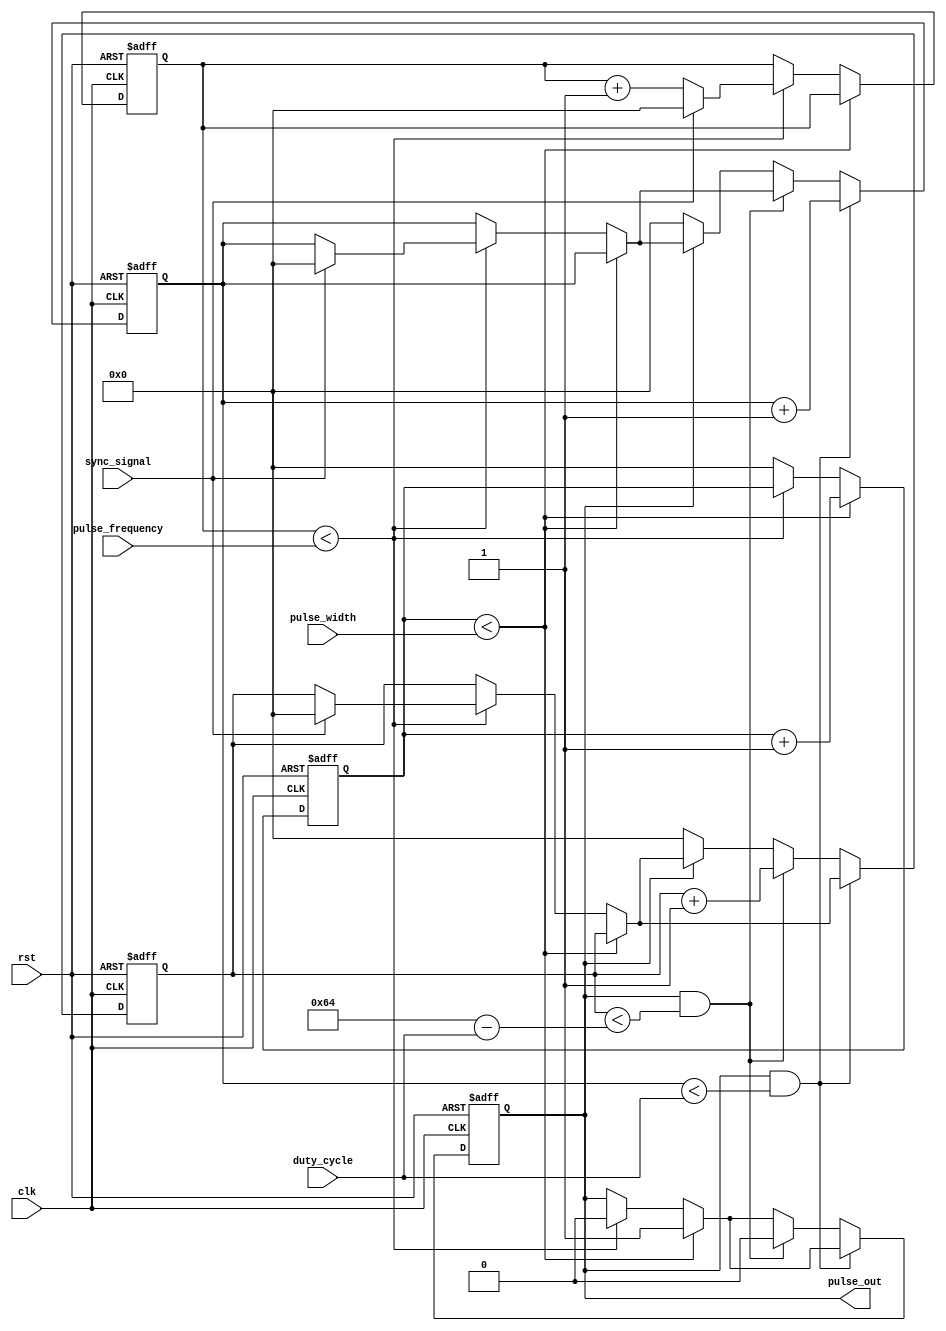
module Programmable_Pulse_Generator (
    input wire clk, // Clock input
    input wire rst, // Reset input
    input wire [31:0] pulse_width, // User-defined pulse width
    input wire [31:0] pulse_frequency, // User-defined pulse frequency
    input wire [31:0] duty_cycle, // User-defined duty cycle
    input wire sync_signal, // Synchronization signal input
    output reg pulse_out // Generated pulse signal output
);

// Timing control units
reg [31:0] counter = 0; // Counter for tracking pulse width
reg [31:0] period_count = 0; // Counter for tracking pulse period
reg [31:0] high_count = 0; // Counter for tracking high time
reg [31:0] duty_cycle_count = 0; // Counter for tracking duty cycle

always @(posedge clk or posedge rst) begin
    if (rst) begin
        counter <= 0;
        period_count <= 0;
        high_count <= 0;
        duty_cycle_count <= 0;
        pulse_out <= 0;
    end else begin
        // Pulse generation logic
        if (counter < pulse_width) begin
            pulse_out <= 1;
            counter <= counter + 1;
        end else if (period_count < pulse_frequency) begin
            pulse_out <= 0;
            period_count <= period_count + 1;
            if (sync_signal) begin
                period_count <= 0;
                high_count <= 0;
                duty_cycle_count <= 0;
            end
        end else begin
            counter <= 0;
        end

        // Duty cycle adjustment
        if (pulse_out == 1 && high_count < duty_cycle) begin
            high_count <= high_count + 1;
        end else if (pulse_out == 1 && duty_cycle_count < (100 - duty_cycle)) begin
            pulse_out <= 0;
            duty_cycle_count <= duty_cycle_count + 1;
        end else if (pulse_out == 0) begin
            high_count <= 0;
            duty_cycle_count <= 0;
        end
    end
end

endmodule